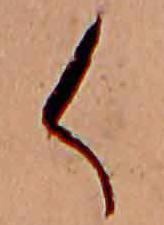
く